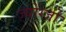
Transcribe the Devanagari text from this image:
ज्योंग्जो